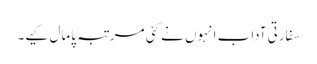
سفارتی آداب انہوں نے کئی مرتبہ پامال کیے۔